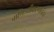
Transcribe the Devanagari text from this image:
वाणिज्यीकरणानंतर